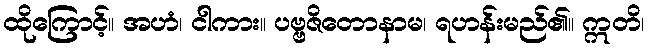
ထိုကြောင့်။ အဟံ၊ ငါကား။ ပဗ္ဗဇိတောနာမ၊ ရဟန်းမည်၏။ ဣတိ၊